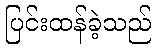
ပြင်းထန်ခဲ့သည်